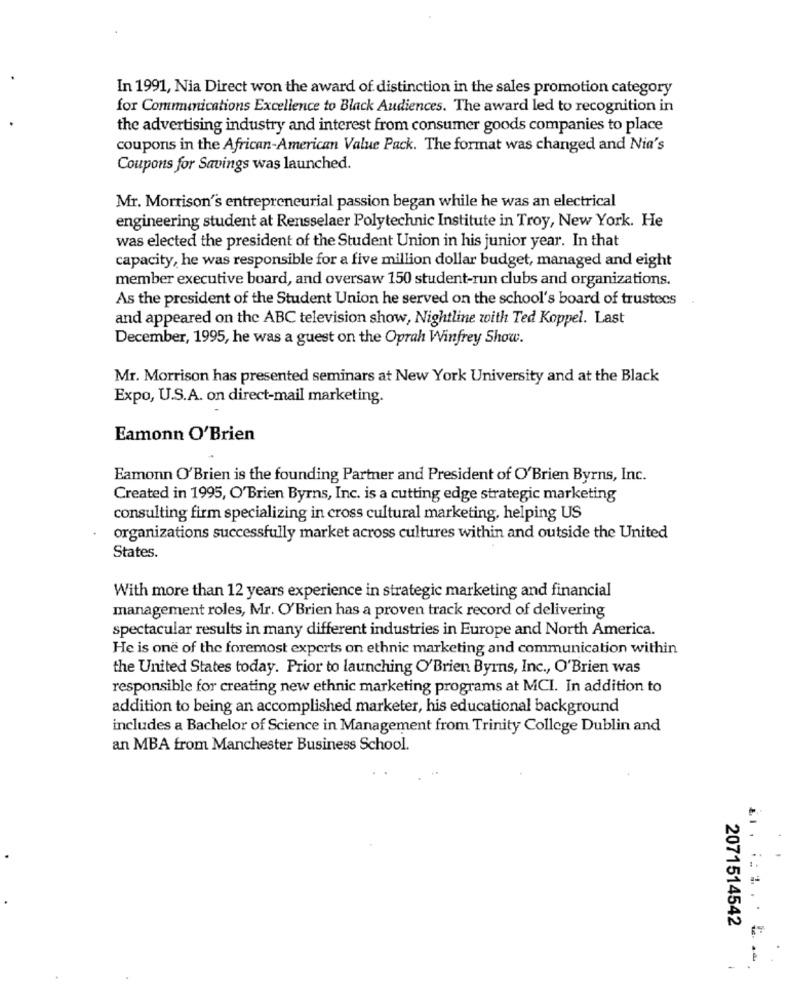
In 1991, Nia Direct won the award of distinction in the sales promotion category
for Communications Excellence to Black Audiences. The award led to recognition in
the advertising industry and interest from consumer goods companies to place
coupons in the African-American Value Pack. The format was changed and Nia's
Coupons for Savings was launched.
Mr. Morrison's entrepreneurial passion began while he was an electrical
engineering student at Rensselaer Polytechnic Institute in Troy, New York. He
was elected the president of the Student Union in his junior year. In that
capacity, he was responsible for a five million dollar budget, managed and eight
member executive board, and oversaw 150 student-run clubs and organizations.
As the president of the Student Union he served on the school's board of trustees
and appeared on the ABC television show, Nightline with Ted Koppel. Last
December, 1995, he was a guest on the Oprah Winfrey Show.
Mr. Morrison has presented seminars at New York University and at the Black
Expo, U.S.A. on direct-mail marketing.
Eamonn O'Brien
Eamonn O'Brien is the founding Partner and President of O'Brien Byrns, Inc.
Created in 1995, O'Brien Byrns, Inc. is a cutting edge strategic marketing
consulting firm specializing in cross cultural marketing, helping US
organizations successfully market across cultures within and outside the United
States.
With more than 12 years experience in strategic marketing and financial
management roles, Mr. O'Brien has a proven track record of delivering
spectacular results in many different industries in Europe and North America.
He is one of the foremost experts on ethnic marketing and communication within
the United States today. Prior to launching O'Brien Byrns, Inc ., O'Brien was
responsible for creating new ethnic marketing programs at MCI. In addition to
addition to being an accomplished marketer, his educational background
includes a Bachelor of Science in Management from Trinity College Dublin and
an MBA from Manchester Business School.
2071514542
.. .. . . E